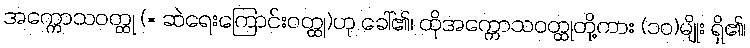
အက္ကောသဝတ္ထု (= ဆဲရေးကြောင်းဝတ္ထု)ဟု ခေါ်၏၊ ထိုအက္ကောသဝတ္ထုတို့ကား (၁၀)မျိုး ရှိ၏၊